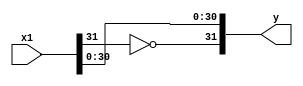

module fneg(
    input wire [31:0] x1,
    output wire [31:0] y);

    wire s1;
    assign s1 = x1[31:31];

    assign y = {~x1[31:31],x1[30:0]};

endmodule